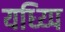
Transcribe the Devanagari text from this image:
यध्य्पि